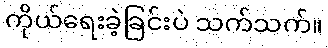
ကိုယ်ရေးခဲ့ခြင်းပဲ သက်သက်။